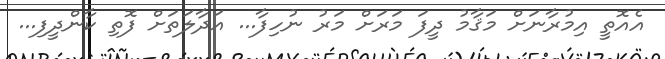
އެއޮތީ އިމުރާނަށް މަޤާމު ދީފަ މަރަށް މަރު ނުހިފާ... އަދާލަތަށް ފޮތި ކާންދީފި...